Annual report of the Punjab Veterinary College and of the Civil Veterinary Department, Punjab - 1894-1908
Year: 1894
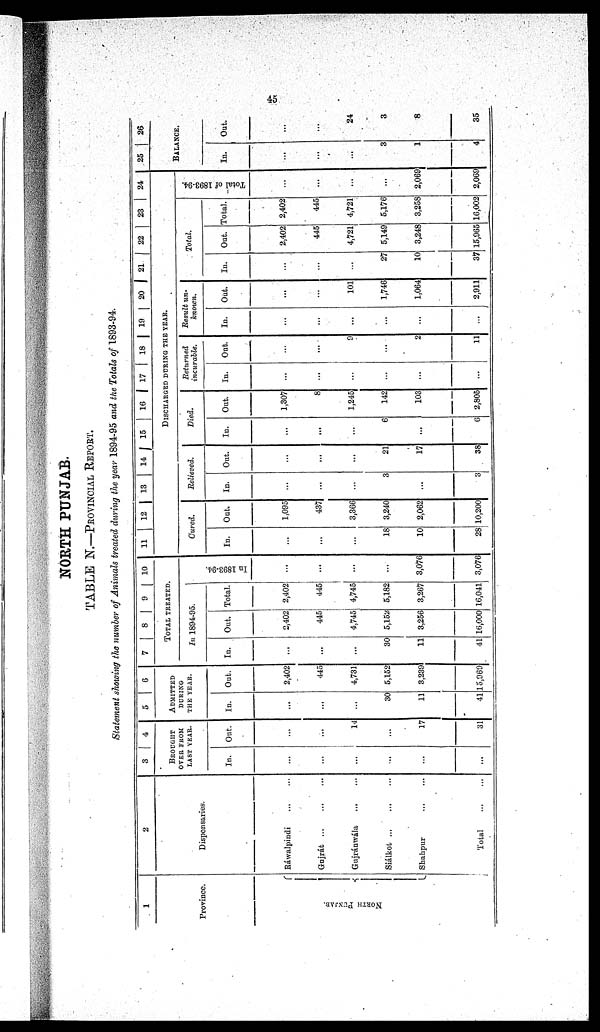
45
NORTH PUNJAB.
TABLE N.—PROVINCIAL REPORT.
Statement showing the number of Animals treated during the year 1894-95 and the Totals of 1893-94.
1
Province.
Nor t
h Punj a b.
2
Dispensaries.
Ráwalpindi ... ...
Gujrát
...
...
...
Gujrénwála
...
...
Siálkot
...
...
...
Shahpur ... ...
Total
...
...
3
4
BROUGHT
OVER FROM
LAST YEAR.
In.
...
...
...
...
...
...
Out.
...
...
14
...
17
31
5
6
ADMITTED
DURING
THE YEAR.
In.
...
...
...
30
11
41
Out.
2,402
445
4,731
5,152
3,239
15,969
7
8
9 10
TOTAL TREATED.
In 1894-95.
In.
...
...
...
30
11
41
Out.
2,402
445
4,745
5,152
3,256
16,000
Total.
2,402
445
4,745
5,182
3,267
16,041
In 1893-94.
...
...
...
...
3,076
3,076
11
12 13 14 15 16 17 18 19 20 21 22 23 24
DISCHARGED DURING THE YEAR.
Cured.
In.
...
...
...
18
10
28
Out.
1,095
437
3,366
3,240
2,062
10,200
Relieved.
In.
...
...
3
...
3
Out.
...
...
...
21
17
38
Died.
In.
...
...
...
6
...
6
Out.
1,307
8
1,245
142
103
2,805
Returned
incurable.
In.
...
...
...
...
...
...
Out.
...
...
9
...
2
11
Result un-
known.
In.
...
...
...
...
...
...
Out.
...
...
101
1,746
1.064
2,911
In.
...
...
...
27
10
37
Total.
Out.
2,402
445
4,721
5,149
3,248
15,965
Total.
2,402
445
4,721
5,176
3,258
16,002
Total of 1893-94.
...
...
...
...
2,069
2,069
25
26
BALANCE.
In.
...
...
...
3
1
4
Out.
...
...
24
3
8
35